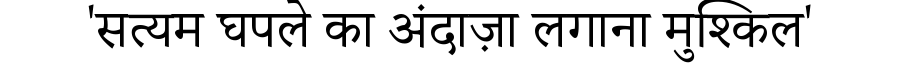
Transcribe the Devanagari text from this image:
'सत्यम घपले का अंदाज़ा लगाना मुश्किल'